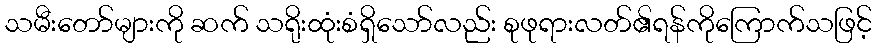
သမီးတော်များကို ဆက် သရိုးထုံးစံရှိသော်လည်း စုဖုရားလတ်၏ရန်ကိုကြောက်သဖြင့်